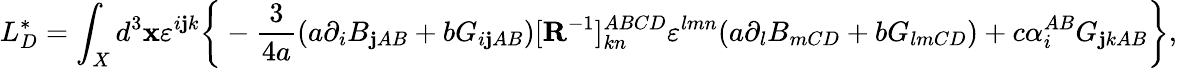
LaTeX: L_{D}^{\ast}=\int_{X}d^{3}\mathbf{x}\varepsilon^{i\mathbf{j}k}\bigg\{ -{\frac{{3}}{{4a}}}(a\partial_{i}B_{\mathbf{j}AB}+bG_{i\mathbf{j}AB})[{\mathbf{R}}^{-1}]_{kn}^{ABCD}\varepsilon^{lmn}(a\partial_{l}B_{mCD}+bG_{lmCD})+c\alpha_{i}^{AB}G_{\mathbf{j}kAB}\bigg\} ,